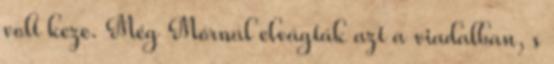
volt keze. Még Mórnál elvágták azt a viadalban, s